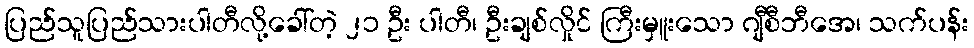
ပြည်သူပြည်သားပါတီလို့ခေါ်တဲ့ ၂၁ ဦး ပါတီ၊ ဦးချစ်လှိုင် ကြီးမှူးသော ဂျီစီဘီအေ၊ သက်ပန်း